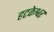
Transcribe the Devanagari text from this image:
हटकेश्वर